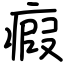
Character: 瘕